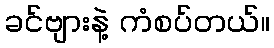
ခင်ဗျားနဲ့ ကံစပ်တယ်။